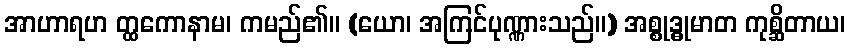
အာဟာရဟ တ္ထကောနာမ၊ ကမည်၏။ (ယော၊ အကြင်ပုဏ္ဏားသည်။) အစ္စုဒ္ဓုမာတ ကုစ္ဆိတာယ၊